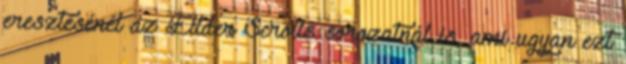
eresztésénél az Ellder Scrolls sorozatnál is, ami ugyan ezt